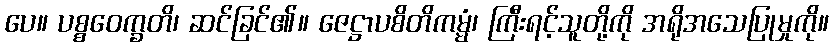
ပေ။ ပစ္စဝေက္ခတိ၊ ဆင်ခြင်၏။ ဇေဋ္ဌာပစိတိကမ္မံ၊ ကြီးရင့်သူတို့ကို အရိုအသေပြုမှုကို။